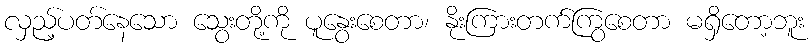
လှည့်ပတ်နေသော သွေးတို့ကို ပူနွေးစေတာ၊ နိုးကြားတက်ကြွစေတာ မရှိတော့ဘူး